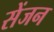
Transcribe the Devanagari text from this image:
सेंजन